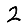
Digit: 2